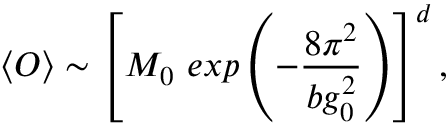
\langle O \rangle \sim \left[ M _ { 0 } \ e x p \left( - { \frac { 8 \pi ^ { 2 } } { b g _ { 0 } ^ { 2 } } } \right) \right] ^ { d } ,